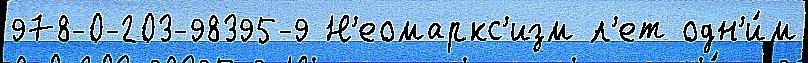
978-0-203-98395-9 Н'еомаркс'изм л'ет одн'и́м